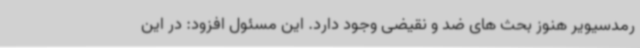
رمدسیویر هنوز بحث های ضد و نقیضی وجود دارد. این مسئول افزود: در این